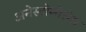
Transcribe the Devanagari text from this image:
अनेस्टोमोसेस